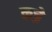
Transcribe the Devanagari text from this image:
कच्रे